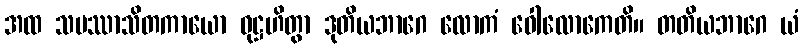
အထ သမဿာသိတကာယော ဝုဋ္ဌဟိတွာ ဒုတိယဘာဂေ လောကံ ဝေါလောကေတိ။ တတိယဘာဂေ ယံ